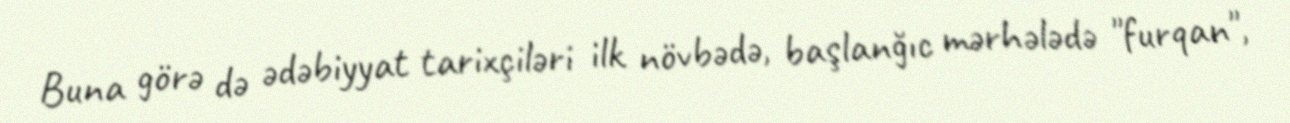
Buna görə də ədəbiyyat tarixçiləri ilk növbədə, başlanğıc mərhələdə "furqan",